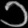
Digit: ၁